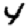
Digit: 4